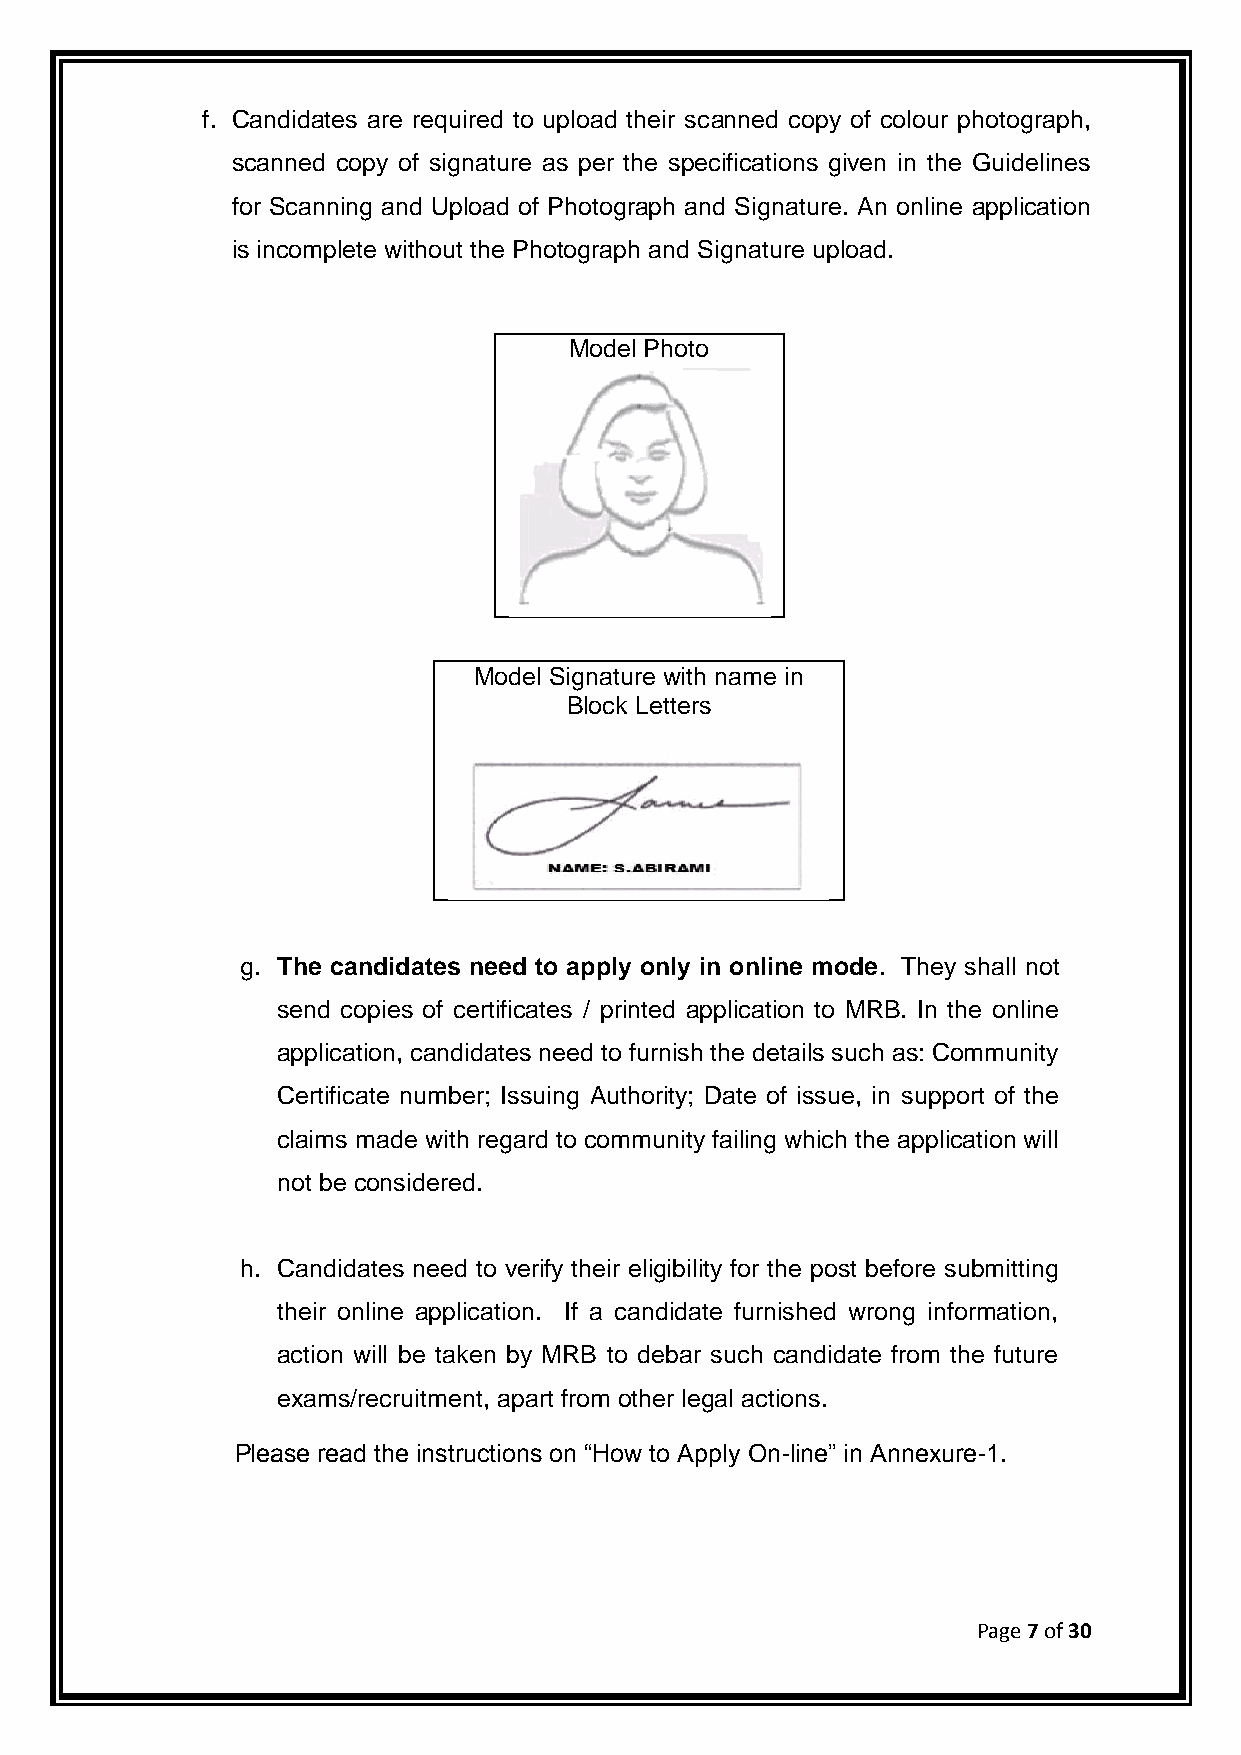
f. Candidates are required to upload their scanned copy of colour photograph,
 scanned copy of signature as per the specifications given in the Guidelines
 for Scanning and Upload of Photograph and Signature. An online application
 is incomplete without the Photograph and Signature upload.
 Model Photo
 Model Signature with name in
 Block Letters
 g. The candidates need to apply only in online mode. They shall not
 send copies of certificates / printed application to MRB. In the online
 application, candidates need to furnish the details such as: Community
 Certificate number; Issuing Authority; Date of issue, in support of the
 claims made with regard to community failing which the application will
 not be considered.
 h. Candidates need to verify their eligibility for the post before submitting
 their online application. If a candidate furnished wrong information,
 action will be taken by MRB to debar such candidate from the future
 exams/recruitment, apart from other legal actions.
 Please read the instructions on “How to Apply On-line” in Annexure-1.
 Page 7 of 30